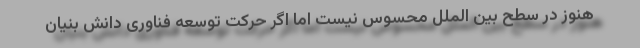
هنوز در سطح بین الملل محسوس نیست اما اگر حرکت توسعه فناوری دانش بنیان